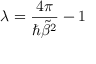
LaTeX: \lambda = \frac { 4 \pi } { \hbar \tilde { \beta } ^ { 2 } } - 1